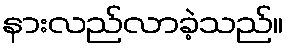
နားလည်လာခဲ့သည်။